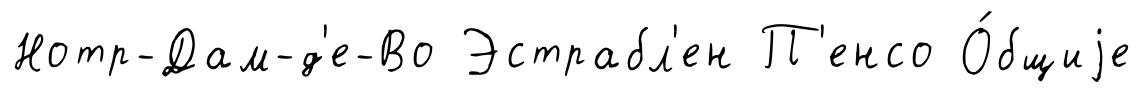
Нотр-Дам-д'е-Во Эстрабл'ен П'енсо О́бщиjе